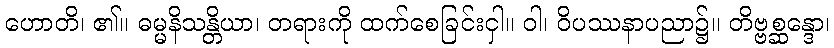
ဟောတိ၊ ၏။ ဓမ္မနိသန္တိယာ၊ တရားကို ထက်စေခြင်းငှါ။ ဝါ၊ ဝိပဿနာပညာ၌။ တိဗ္ဗစ္ဆန္ဒော၊